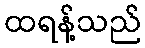
ထရန့်သည်